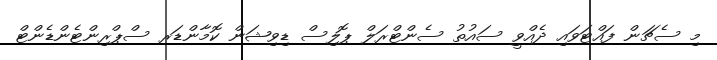
މި ސެޗަން ފައްޓަވައި ދެއްވީ ސައުތު ސެންޓްރަލް ޕޮލިސް ޑިވިޝަން ކޮމާންޑަރ ސްޕްރިންޓެންޑެންޓް